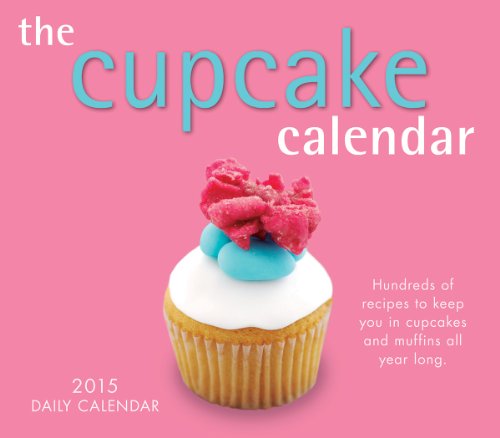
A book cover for The Cupcake Calendar 2015 Boxed Calendar; Sellers Publishing Inc; Calendars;